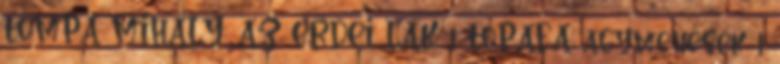
TOMPA MIHÁLY: AZ ERDEI LAK 1 TOPAFA agymenések 1